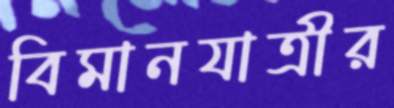
বিমানযাত্রীর